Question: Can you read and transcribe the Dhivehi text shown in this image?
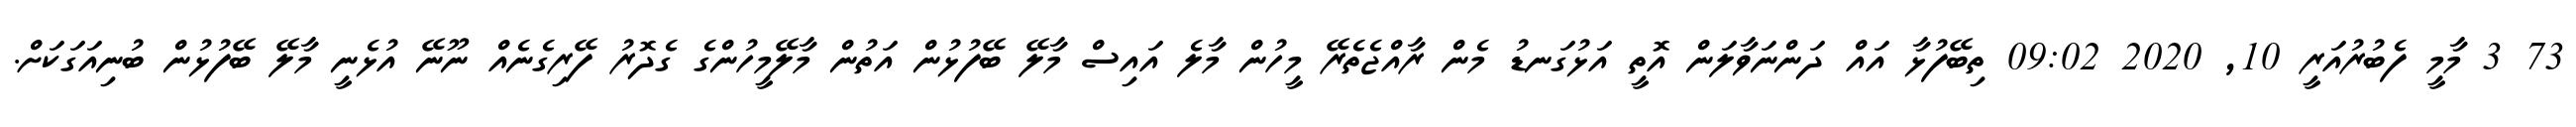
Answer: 73 3 މާމީ ފެބުރުއަރީ 10, 2020 09:02 ތިބޭފުޅާ އައް ދަންނަވާލަން އޮތީ އަޅުގަނޑު މެން ރާއްޖެތެރޭ މީހުން މާލެ އައިސް މާލޭ ބޭފުޅުން އަތުން މާލޭމީހުންގެ ގެދޮރު ފޭރިގެނެއް ނޫނޭ އުޅެނީ މާލޭ ބޭފުޅުން ބުނިއަގަކަށް.